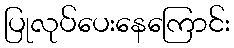
ပြုလုပ်ပေးနေကြောင်း